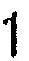
1